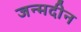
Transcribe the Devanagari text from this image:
जन्मदीन